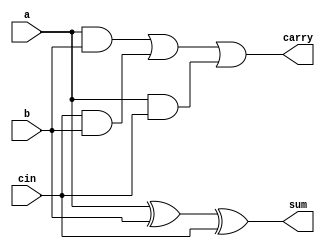
module fa(a,b,cin,sum,carry);
input a,b,cin;
output sum,carry;
wire w1;
wire [2:0] w2;
wire w3;

xor x1(sum,a,b,cin);
//xor x2(sum,w1,cin);

and a1(w2[0],a,b);
and a1(w2[1],cin,b);
and a1(w2[2],a,cin);

or o1(carry,w2[0],w2[1],w2[2]);

endmodule